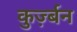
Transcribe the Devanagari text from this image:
कुर्ज़्बन